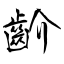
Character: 齘